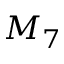
M _ { 7 }